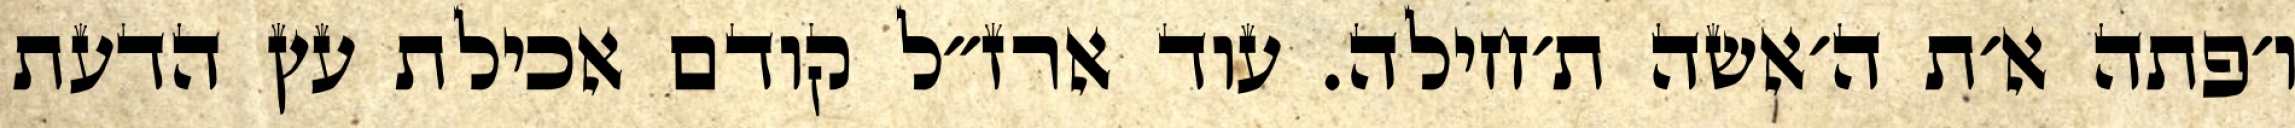
ו׳פתה א׳ת ה׳אשה ת׳חילה. עוד ארז״ל קודם אכילת עץ הדעת